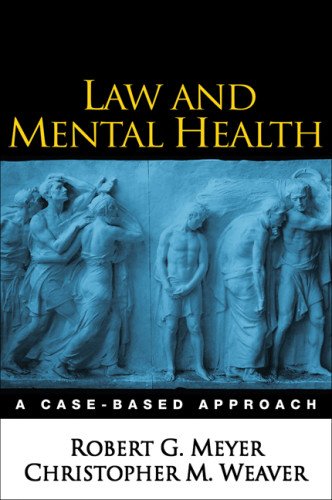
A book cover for Law and Mental Health: A Case-Based Approach; Robert G. Meyer PhD; Medical Books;